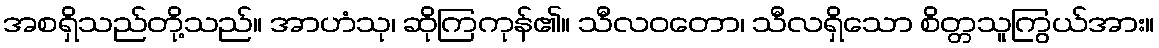
အစရှိသည်တို့သည်။ အာဟံသု၊ ဆိုကြကုန်၏။ သီလဝတော၊ သီလရှိသော စိတ္တသူကြွယ်အား။